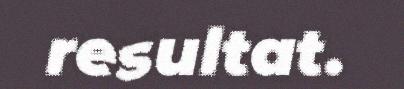
resultat.